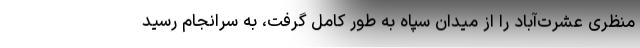
منظری عشرت‌آباد را از میدان سپاه به طور کامل گرفت، به سرانجام رسید